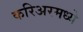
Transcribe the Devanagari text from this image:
करिअरमध्ये